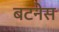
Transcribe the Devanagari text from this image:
बटनेस